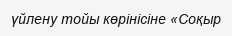
үйлену тойы көрінісіне «Соқыр